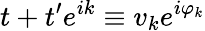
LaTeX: t+t^{\prime}e^{ik}\equiv v_{k}e^{i\varphi_{k}}